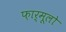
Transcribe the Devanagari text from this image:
फ़ार्मूलो